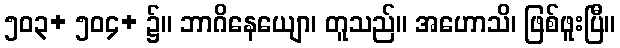
၅၀၃+ ၅၀၄+ ၌။ ဘာဂိနေယျော၊ တူသည်။ အဟောသိ၊ ဖြစ်ဖူးပြီ။